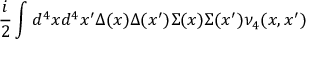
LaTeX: \frac { i } { 2 } \int d ^ { 4 } x d ^ { 4 } x ^ { \prime } \Delta ( x ) \Delta ( x ^ { \prime } ) \Sigma ( x ) \Sigma ( x ^ { \prime } ) \nu _ { 4 } ( x , x ^ { \prime } )